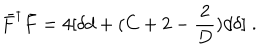
\bar { F } ^ { \dagger } \bar { F } = 4 [ \delta d + ( C + 2 - { \frac { 2 } { D } } ) d \delta ] \; .